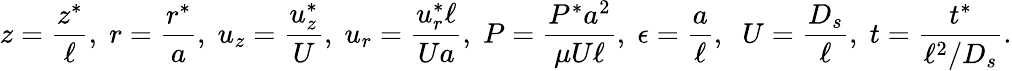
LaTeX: z=\frac{z^{*}}{\ell},\; r=\frac{r^{*}}{a},\; u_{z}=\frac{u_{z}^{*}}{U},\; u_{r}=\frac{u_{r}^{*}\ell}{Ua},\; P=\frac{P^{*}a^{2}}{\mu U\ell},\; \epsilon=\frac{a}{\ell},\; \; U=\frac{D_{s}}{\ell},\; t=\frac{t^{*}}{\ell^{2}/D_{s}}.